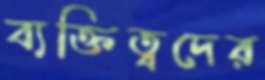
ব্যক্তিত্বদের